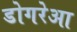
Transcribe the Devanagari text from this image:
डोगरेआ